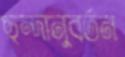
ছন্দানুবর্তন